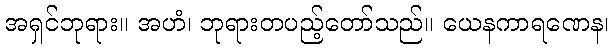
အရှင်ဘုရား။ အဟံ၊ ဘုရားတပည့်တော်သည်။ ယေနကာရဏေန၊